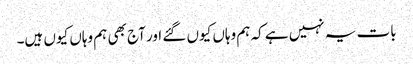
بات یہ نہیں ہے کہ ہم وہاں کیوں گئے اور آج بھی ہم وہاں کیوں ہیں۔